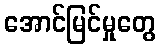
အောင်မြင်မှုတွေ